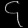
Digit: ၄